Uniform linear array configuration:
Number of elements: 16
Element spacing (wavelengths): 0.5
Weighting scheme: kaiser
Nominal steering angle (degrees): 30
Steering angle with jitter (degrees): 29.834
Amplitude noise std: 0.05
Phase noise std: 0.05

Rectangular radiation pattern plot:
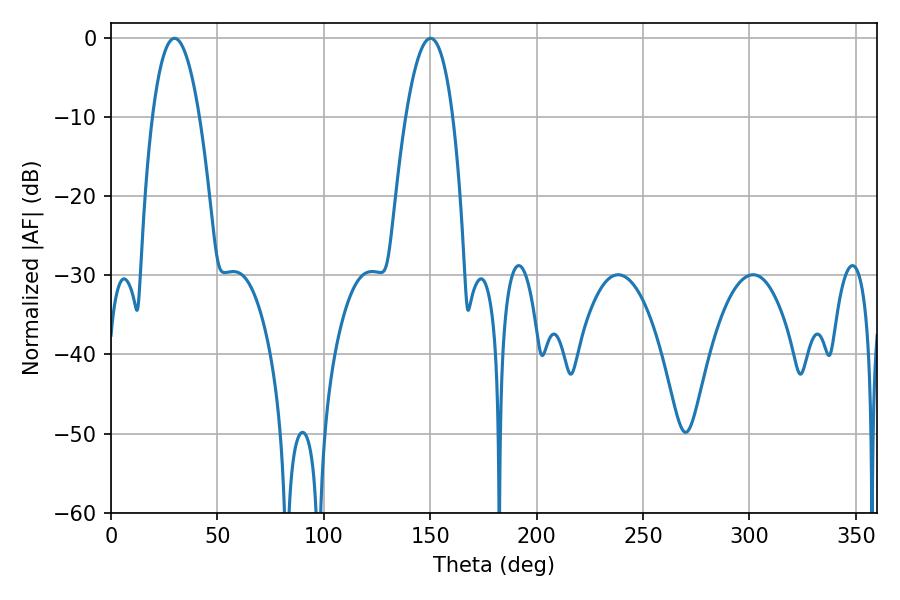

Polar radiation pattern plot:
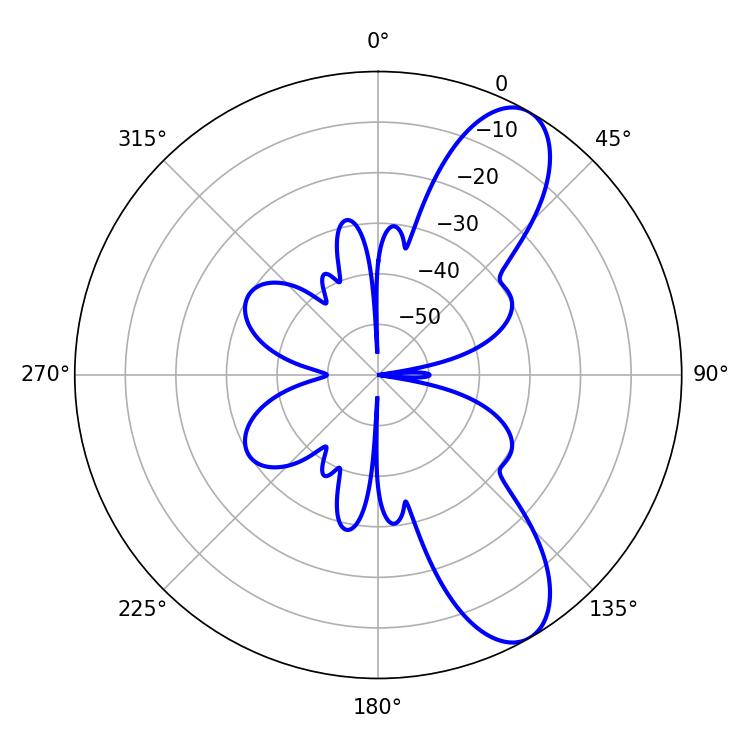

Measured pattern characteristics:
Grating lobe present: FALSE
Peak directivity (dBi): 9.415
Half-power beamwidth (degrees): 12.24
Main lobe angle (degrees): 29.88